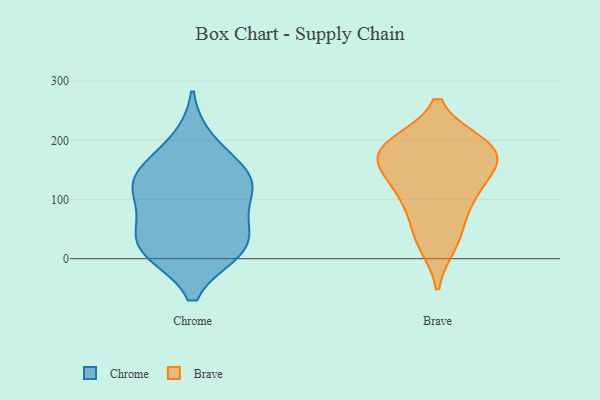
{"axis": {"x": "Energy Usage (MWh)", "y": "Value"}, "legend": ["Brave", "Chrome"], "data": [{"x": "", "y": 60, "type": "Chrome"}, {"x": "", "y": 12, "type": "Chrome"}, {"x": "", "y": 12, "type": "Chrome"}, {"x": "", "y": 126, "type": "Chrome"}, {"x": "", "y": 115, "type": "Chrome"}, {"x": "", "y": 147, "type": "Chrome"}, {"x": "", "y": 73, "type": "Chrome"}, {"x": "", "y": 149, "type": "Chrome"}, {"x": "", "y": 29, "type": "Chrome"}, {"x": "", "y": 127, "type": "Chrome"}, {"x": "", "y": 200, "type": "Chrome"}, {"x": "", "y": 13, "type": "Chrome"}, {"x": "", "y": 122, "type": "Brave"}, {"x": "", "y": 192, "type": "Brave"}, {"x": "", "y": 43, "type": "Brave"}, {"x": "", "y": 112, "type": "Brave"}, {"x": "", "y": 168, "type": "Brave"}, {"x": "", "y": 95, "type": "Brave"}, {"x": "", "y": 188, "type": "Brave"}, {"x": "", "y": 170, "type": "Brave"}, {"x": "", "y": 26, "type": "Brave"}, {"x": "", "y": 190, "type": "Brave"}, {"x": "", "y": 168, "type": "Brave"}]}